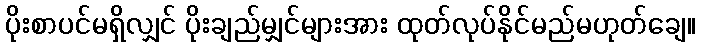
ပိုးစာပင်မရှိလျှင် ပိုးချည်မျှင်များအား ထုတ်လုပ်နိုင်မည်မဟုတ်ချေ။